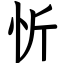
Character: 忻